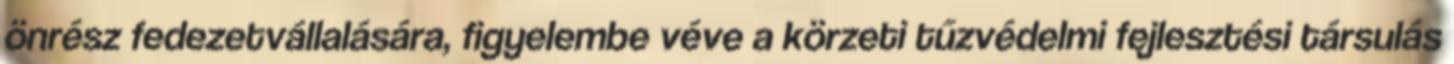
önrész fedezetvállalására, figyelembe véve a körzeti tűzvédelmi fejlesztési társulás